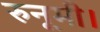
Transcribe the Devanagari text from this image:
रुनूमी।